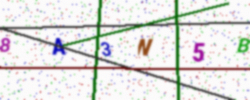
Text: 8A3N5B